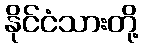
နိုင်ငံသားတို့